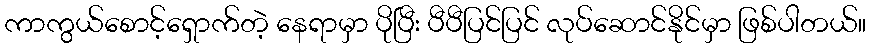
ကာကွယ်စောင့်ရှောက်တဲ့ နေရာမှာ ပိုပြီး ပီပီပြင်ပြင် လုပ်ဆောင်နိုင်မှာ ဖြစ်ပါတယ်။